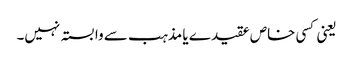
یعنی کسی خاص عقیدے یا مذہب سے وابستہ نہیں۔